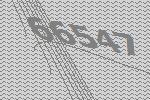
66547